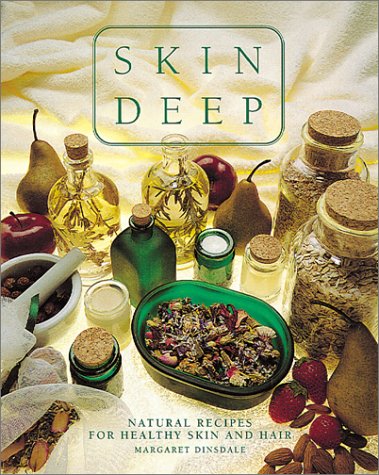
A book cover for Skin Deep: Natural Recipes for Healthy Skin and Hair; Margaret Dinsdale; Health, Fitness & Dieting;